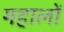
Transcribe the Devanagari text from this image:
महालों